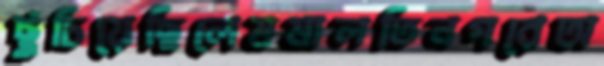
ছুঁচিয়েছিলেমমালতিনগরেঅ